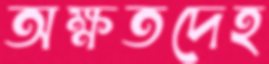
অক্ষতদেহ